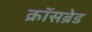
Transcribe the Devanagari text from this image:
क्रॉसब्रेड